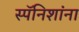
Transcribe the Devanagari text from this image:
स्पॅनिशांना